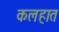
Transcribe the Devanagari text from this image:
कलहात